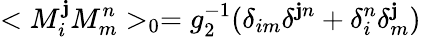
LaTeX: <M_{i}^{\mathbf{j}}M_{m}^{n}>_{0}=g_{2}^{-1}(\delta_{im}\delta^{\mathbf{j}n}+\delta_{i}^{n}\delta_{m}^{\mathbf{j}})